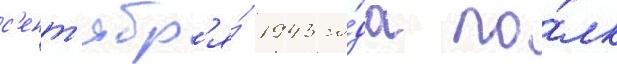
с'ент'ябр'я́ 1943 го́да по́лк